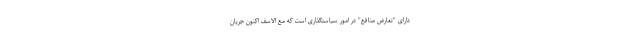
دارای "تعارض منافع" در امور سیاستگذاری است که مع الاسف اکنون جریان